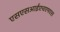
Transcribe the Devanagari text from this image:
एसएसआईएचएमएस